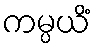
ကမ္ပယိံ